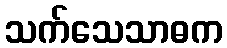
သက်သေသာဓက